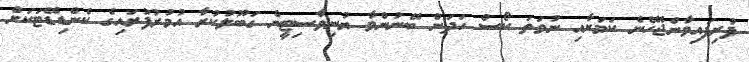
ފުރިފައިވާންޖެހޭނެ ކަމަށާއި ނުވަތަ ކޯސް ހަދަން ބޭނުންވާ ޔުނިވާސިޓީން ގަބޫލުކުރާ އުމުރުފުރައިގެ ކެންޑިޑޭޓަކަށް